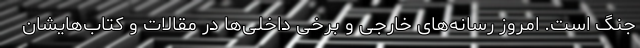
جنگ است. امروز رسانه‌های خارجی و برخی داخلی‌ها در مقالات و کتاب‌هایشان